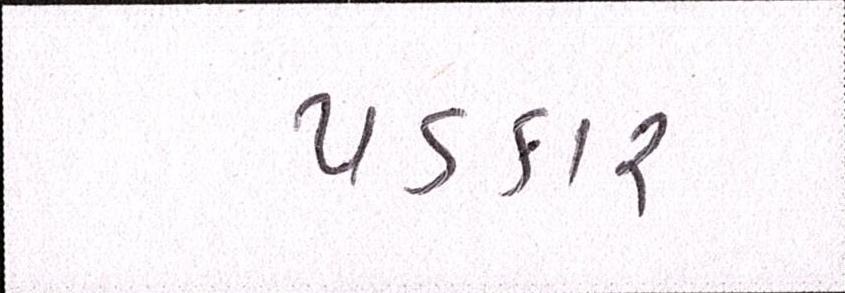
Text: પડકાર